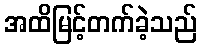
အထိမြင့်တက်ခဲ့သည်